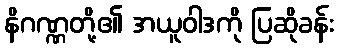
နိဂဏ္ဏတို့၏ အယူဝါဒကို ပြဆိုခန်း